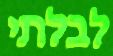
לבלתי